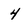
Character: 4